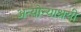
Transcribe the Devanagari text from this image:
अन्योन्याश्रयी